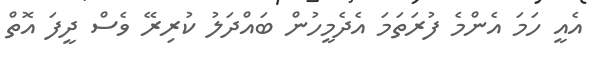
އެއީ ހަމަ އެންމެ ފުރަތަމަ އެދެމީހުން ބައްދަލު ކުރިރޭ ވެސް ދީފަ އޮތް